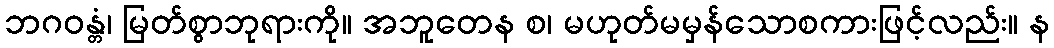
ဘဂဝန္တံ၊ မြတ်စွာဘုရားကို။ အဘူတေန စ၊ မဟုတ်မမှန်သောစကားဖြင့်လည်း။ န